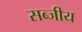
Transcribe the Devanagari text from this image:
सब्जीय